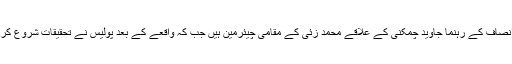
تحریک انصاف کے رہنما جاوید چمکنی کے علاقے محمد زئی کے مقامی چیئرمین ہیں جب کہ واقعے کے بعد پولیس نے تحقیقات شروع کر دی ہے۔